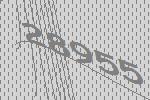
28955